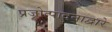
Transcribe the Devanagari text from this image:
प्रजोत्पादनाद्वारे